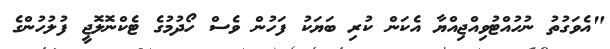
"އެވަގުތު ނުހުއްޓުވިއްޖިއްޔާ އެކަން ކުރި ބަޔަކު ފަހުން ވެސް ހޯދުމުގެ ޓެކްނޮލޮޖީ ފުލުހުންގެ